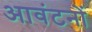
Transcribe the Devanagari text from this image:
आवंटनों